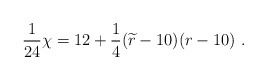
\begin{align*}{1\over 24} \chi= 12+{1\over 4}({\widetilde r} -10) (r-10)~.\end{align*}